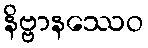
နိဗ္ဗာနဿေဝ